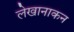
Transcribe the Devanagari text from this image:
लेखानाकन